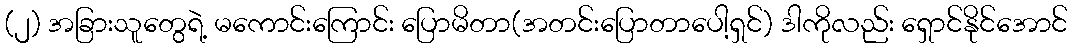
(၂) အခြားသူတွေရဲ့ မကောင်းကြောင်း ပြောမိတာ(အတင်းပြောတာပေါ့ရှင်) ဒါကိုလည်း ရှောင်နိုင်အောင်